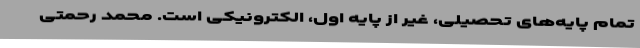
تمام پایه‌های تحصیلی، غیر از پایه اول، الکترونیکی است. محمد رحمتی